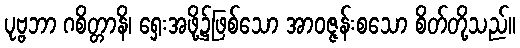
ပုဗ္ဗဘာ ဂစိတ္တာနိ၊ ရှေးအဖို့၌ဖြစ်သော အာဝဇ္ဇန်းစသော စိတ်တို့သည်။